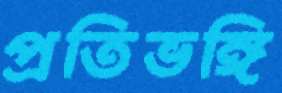
প্রতিভঙ্গি